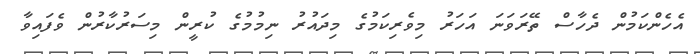
އެހެންކަމުން ދެހާސް ތޭރަވަނަ އަހަރު މިވެރިކަމުގެ މިދައުރު ނިމުމުގެ ކުރީން މިސަރުކާރުން ވެފައިވާ